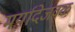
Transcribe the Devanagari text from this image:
मर्यादेजवळ